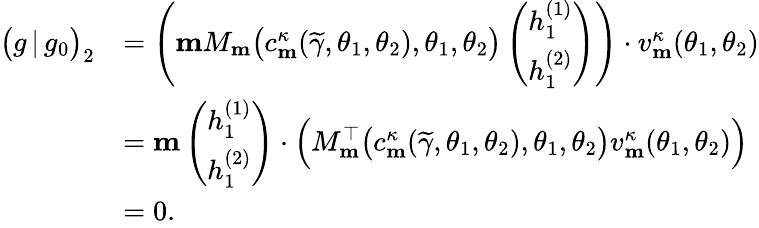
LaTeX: \begin{array}{rl}{\big(g\, |\, g_{0}\big)_{2}}&{=\left(\mathbf{m}M_{\mathbf{m}}\big(c_{\mathbf{m}}^{\kappa}(\widetilde{\gamma},\theta_{1},\theta_{2}),\theta_{1},\theta_{2}\big)\left(\begin{array}{l}{h_{1}^{(1)}}\\ {h_{1}^{(2)}}\end{array}\right)\right)\cdot v_{\mathbf{m}}^{\kappa}(\theta_{1},\theta_{2})}\\ &{=\mathbf{m}\left(\begin{array}{l}{h_{1}^{(1)}}\\ {h_{1}^{(2)}}\end{array}\right)\cdot\Big(M_{\mathbf{m}}^{\top}\big(c_{\mathbf{m}}^{\kappa}(\widetilde{\gamma},\theta_{1},\theta_{2}),\theta_{1},\theta_{2}\big)v_{\mathbf{m}}^{\kappa}(\theta_{1},\theta_{2})\Big)}\\ &{=0.}\end{array}